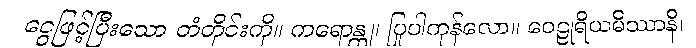
ငွေဖြင့်ပြီးသော တံတိုင်းကို။ ကရောန္တု၊ ပြုပါကုန်လော။ ဝေဠုရိယမိဿာနိ၊